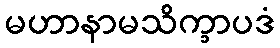
မဟာနာမသိက္ခာပဒံ